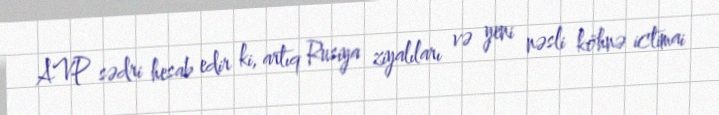
AVP sədri hesab edir ki, artıq Rusiya ziyalıları və yeni nəsli köhnə ictimai